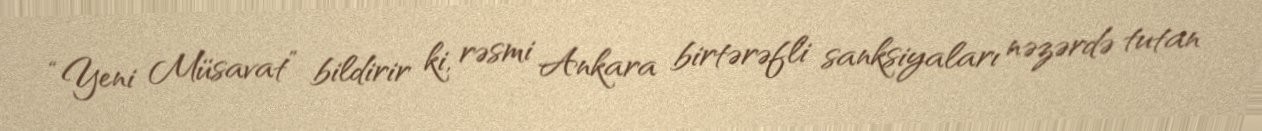
“Yeni Müsavat” bildirir ki, rəsmi Ankara birtərəfli sanksiyaları nəzərdə tutan